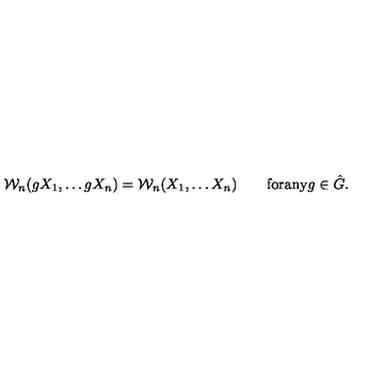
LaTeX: { \cal W } _ { n } ( g X _ { 1 } , \ldots g X _ { n } ) = { \cal W } _ { n } ( X _ { 1 } , \ldots X _ { n } ) \qquad \mathrm { f o r a n y } g \in { \hat { G } } .